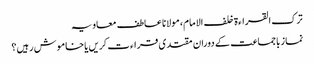
ترک القراءۃ خلف الامام، مولانا عاطف معاویہ
نماز باجماعت کے دوران مقتدی قراءت کریں یا خاموش رہیں؟